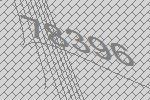
78396